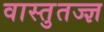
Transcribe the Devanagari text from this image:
वास्तुतज्ज्ञ